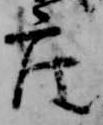
座